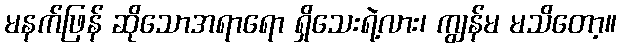
မနက်ဖြန် ဆိုသောအရာရော ရှိသေးရဲ့လား၊ ကျွန်မ မသိတော့။